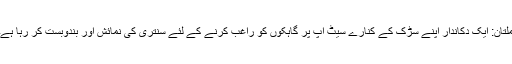
ملتان: ایک دکاندار اپنے سڑک کے کنارے سیٹ اپ پر گاہکوں کو راغب کرنے کے لئے سنتری کی نمائش اور بندوبست کر رہا ہے۔